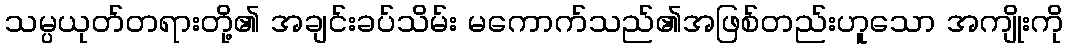
သမ္ပယုတ်တရားတို့၏ အချင်းခပ်သိမ်း မကောက်သည်၏အဖြစ်တည်းဟူသော အကျိုးကို